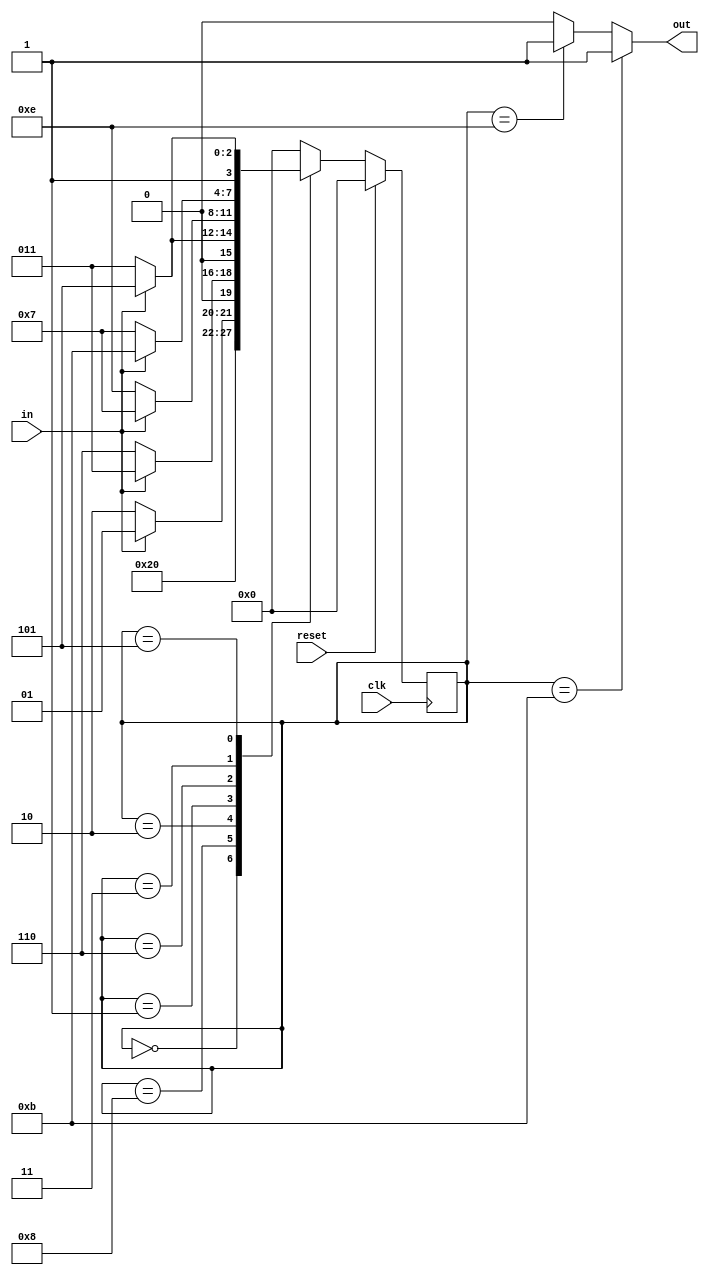
module parity_gen(clk,reset,in,out);

input clk,reset,in;
output out;

wire clk,reset;
wire in; //1-bit input
reg out; //1-bit output
parameter SIZE = 4; //setting parameter SIZE as 4

//setting parameters as different states
parameter IDLE = 4'b0000, //initial state
odd0_even0 = 4'b1000, //state when there are zero 1s and zero 0s
odd0_even1 = 4'b0010, //state when there are zero 1s and one 0s
odd1_even0 = 4'b0001, //state when there are one 1s and zero 0s
odd0_even2 = 4'b0110, //state when there are zero 1s and two 0s
odd1_even1 = 4'b0011, //state when there are one 1s and one 0s
odd2_even0 = 4'b0101, //state when there are two 1s and zero 0s
odd0_even3 = 4'b1110, //state when there are zero 1s and three 0s
odd1_even2 = 4'b0111, //state when there are one 1s and two 0s
odd2_even1 = 4'b1011, //state when there are two 1s and one 0s
odd3_even0 = 4'b1101; //state when there are three 1s and zero 0s


reg [SIZE-1:0] state; //current state
reg [SIZE-1:0] next_state; //next state
initial begin
  state = IDLE;
end

always @(state or in) begin
     
    next_state= IDLE; 
    case (state)
        IDLE: next_state= odd0_even0;

        //when it gets input after it is at odd0_even0 state
        odd0_even0 :if (in) begin
            next_state= odd1_even0;
        end
        else begin
          next_state= odd0_even1;
        end
        
        //when it gets input after it is at odd0_even1 state
        odd0_even1 : if (in) begin
            next_state= odd1_even1;
        end
        else begin
          next_state= odd0_even2;
        end

        //when it gets input after it is at odd1_even0 state
        odd1_even0: if(in) begin
          next_state= odd2_even0;
        end
        else begin
          next_state= odd1_even1;
        end

        //when it gets input after it is at odd0_even2 state
        odd0_even2: if(in) begin
          next_state= odd1_even2;
        end
        else begin
          next_state= odd0_even3;
        end 

        //when it gets input after it is at odd1_even1 state
        odd1_even1: if(in) begin
          next_state= odd2_even1;
        end
        else begin
          next_state= odd1_even2;
        end

        //when it gets input after it is at odd2_even0 state
        odd2_even0: if(in) begin
          next_state= odd3_even0;
        end
        else begin
          next_state= odd2_even1;
        end

        //when it gets input after it is at odd0_even3 state
        odd0_even3: if(in) begin
          next_state= IDLE;
        end
        else begin
          next_state= IDLE;
        end

        //when it gets input after it is at odd1_even2 state
        odd1_even2: if(in) begin
          next_state= IDLE;
        end
        else begin
          next_state= IDLE;
        end

        //when it gets input after it is at odd2_even1 state
        odd2_even1: if(in) begin
          next_state= IDLE;
        end
        else begin
          next_state= IDLE;
        end

        //when it gets input after it is at odd3_even0 state
        odd3_even0: if(in) begin
          next_state= IDLE;
        end
        else begin
          next_state= IDLE;
        end
        default: next_state = IDLE;
    endcase
    
end

always @(posedge clk ) begin
    if(reset) begin
      state = #1 IDLE; //new (3-bit) input
    end
    else begin
      state = #1 next_state; //continuation of the input
    end
end

always @(in or state ) begin
    //output when it is at state with odd number of ones
    if(state == odd2_even1) begin
      out = #1 1'b1; 
    end
    else if(state == odd0_even3) begin
      out = #1 1'b1;
    end
    else  begin
      out = #1 1'b0; //otherwise condition
    end
    
end



endmodule